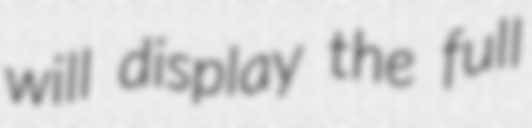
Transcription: will display the full